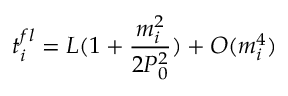
t _ { i } ^ { f l } = L ( 1 + \frac { m _ { i } ^ { 2 } } { 2 P _ { 0 } ^ { 2 } } ) + O ( m _ { i } ^ { 4 } )